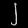
Digit: ၂